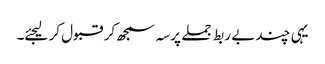
یہی چند بے ربط جملے پرسہ سمجھ کر قبول کر لیجئے۔